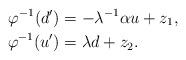
LaTeX: \begin{align*} \varphi^{-1}(d') &= -\lambda^{-1}\alpha u + z_1,\\ \varphi^{-1}(u') &= \lambda d + z_2.\end{align*}